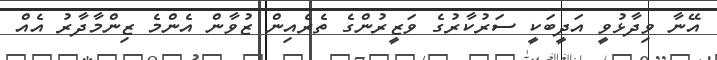
އޭނާ ވިދާޅުވީ އަދީބަކީ ސަރުކާރުގެ ވަޒީރުންގެ ތެރެއިން ޒުވާން އެންމެ ޒިންމާދާރު އެއް